Vaccination in Bombay 1889-1901 - 1889-1901
Year: 1889
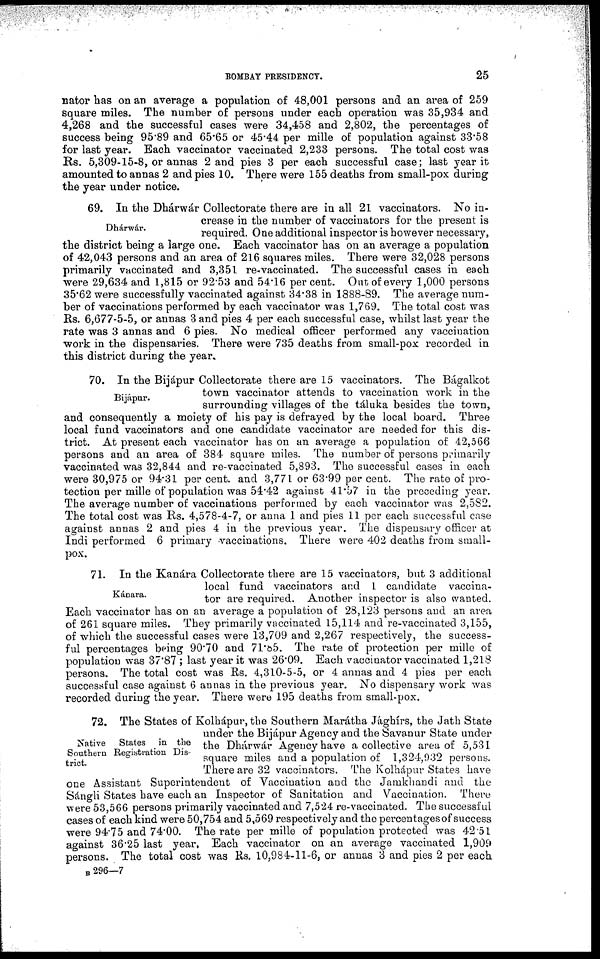
BOMBAY PRESIDENCY.
25
nator has on an average a population of 48,001 persons and an area of 259
square miles. The number of persons under each operation was 35,934 and
4,268 and the successful cases were 34,458 and 2,802, the percentages of
success being 95.89 and 65.65 or 45.44 per mille of population against 33.58
for last year. Each vaccinator vaccinated 2,233 persons. The total cost was
Rs. 5,309-15-8, or annas 2 and pies 3 per each successful case; last year it
amounted to annas 2 and pies 10. There were 155 deaths from small-pox during
the year under notice.
Dhárwár.
69. In the Dhárwár Collectorate there are in all 21 vaccinators. No in-
crease in the number of vaccinators for the present is
required. One additional inspector is however necessary,
the district being a large one. Each vaccinator has on an average a population
of 42,043 persons and an area of 216 squares miles. There were 32,028 persons
primarily vaccinated and 3,351 re-vaccinated. The successful cases in each
were 29,634 and 1,815 or 92.53 and 54.16 per cent. Out of every 1,000 persons
35.62 were successfully vaccinated against 34.38 in 1888-89. The average num-
ber of vaccinations performed by each vaccinator was 1,769. The total cost was
Rs. 6,677-5-5, or annas 3 and pies 4 per each successful case, whilst last year the
rate was 3 annas and 6 pies. No medical officer performed any vaccination
work in the dispensaries. There were 735 deaths from small-pox recorded in
this district during the year.
Bijápur.
70. In the Bijápur Collectorate there are 15 vaccinators. The Bágalkot
town vaccinator attends to vaccination work in the
surrounding villages of the táluka besides the town,
and consequently a moiety of his pay is defrayed by the local board. Three
local fund vaccinators and one candidate vaccinator are needed for this dis-
trict. At present each vaccinator has on an average a population of 42,566
persons and an area of 384 square miles. The number of persons primarily
vaccinated was 32,844 and re-vaccinated 5,893. The successful cases in each
were 30,975 or 94.31 per cent. and 3,771 or 63.99 per cent. The rate of pro-
tection per mille of population was 54.42 against 41.57 in the preceding year.
The average number of vaccinations performed by each vaccinator was 2,582.
The total cost was Rs. 4,578-4-7, or anna 1 and pies 11 per each successful case
against annas 2 and pies 4 in the previous year. The dispensary officer at
Indi performed 6 primary vaccinations. There were 402 deaths from small-
pox.
Kánara.
71. In the Kanára Collectorate there are 15 vaccinators, but 3 additional
local fund vaccinators and 1 candidate vaccina-
tor are required. Another inspector is also wanted.
Each vaccinator has on an average a population of 28,123 persons and an area
of 261 square miles. They primarily vaccinated 15,114 and re-vaccinated 3,155,
of which the successful cases were 13,709 and 2,267 respectively, the success-
ful percentages being 90.70 and 71.85. The rate of protection per mille of
population was 37.87 ; last year it was 26.09. Each vaccinator vaccinated 1,218
persons. The total cost was Rs. 4,310-5-5, or 4 annas and 4 pies per each
successful case against 6 annas in the previous year. No dispensary work was
recorded during the year. There were 195 deaths from small-pox.
Native
States in the
Southern Registration Dis-
trict.
72. The States of Kolhápur, the Southern Marátha Jághírs, the Jath State
under the Bijápur Agency and the Savanur State under
the Dhárwár Agency have a collective area of 5,531
square miles and a population of 1,324,932 persons.
There are 32 vaccinators. The Kolhápur States have
one Assistant Superintendent of Vaccination and the Jamkhandi and the
Sángli States have each an Inspector of Sanitation and Vaccination. There
were 53,566 persons primarily vaccinated and 7,524 re-vaccinated. The successful
cases of each kind were 50,754 and 5,569 respectively and the percentages of success
were 94.75 and 74.00. The rate per mille of population protected was 42.51
against 36.25 last year. Each vaccinator on an average vaccinated 1,909
persons. The total cost was Rs. 10,984-11-6, or annas 3 and pies 2 per each
B 296—7